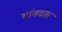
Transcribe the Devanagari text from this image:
गांगवास